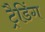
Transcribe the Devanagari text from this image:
ट्रैडिंग